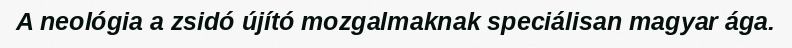
A neológia a zsidó újító mozgalmaknak speciálisan magyar ága.